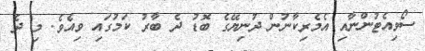
ސޯވިއެޓުންނާއި އެމެރިކާނުން ދުނިޔޭގެ ބޮޑު ދެ ބާރު ކަމުގައި ވިއެވެ. މި ދެ